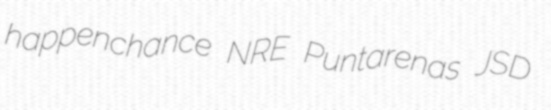
happenchance NRE Puntarenas JSD